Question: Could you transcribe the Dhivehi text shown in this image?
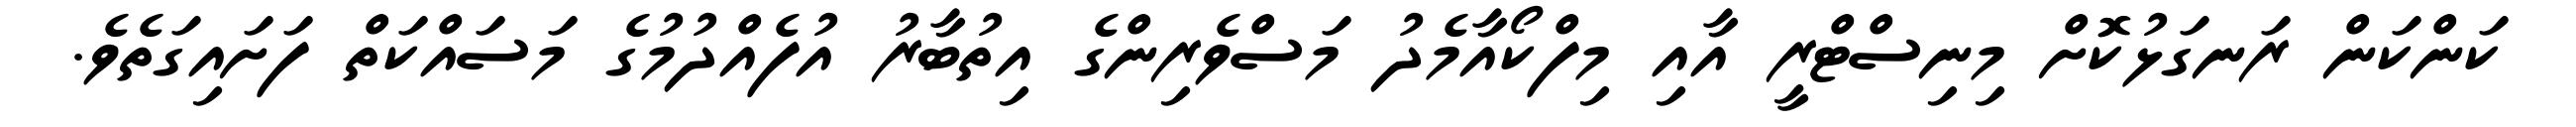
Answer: ކަންކަން ރަނގަޅުކޮށް މިނިސްޓްރީ އާއި މިފްކޯއާމެދު މަސްވެރިންގެ އިތުބާރު އުފެއްދުމުގެ މަސައްކަތް ފަށައިގަތެވެ.